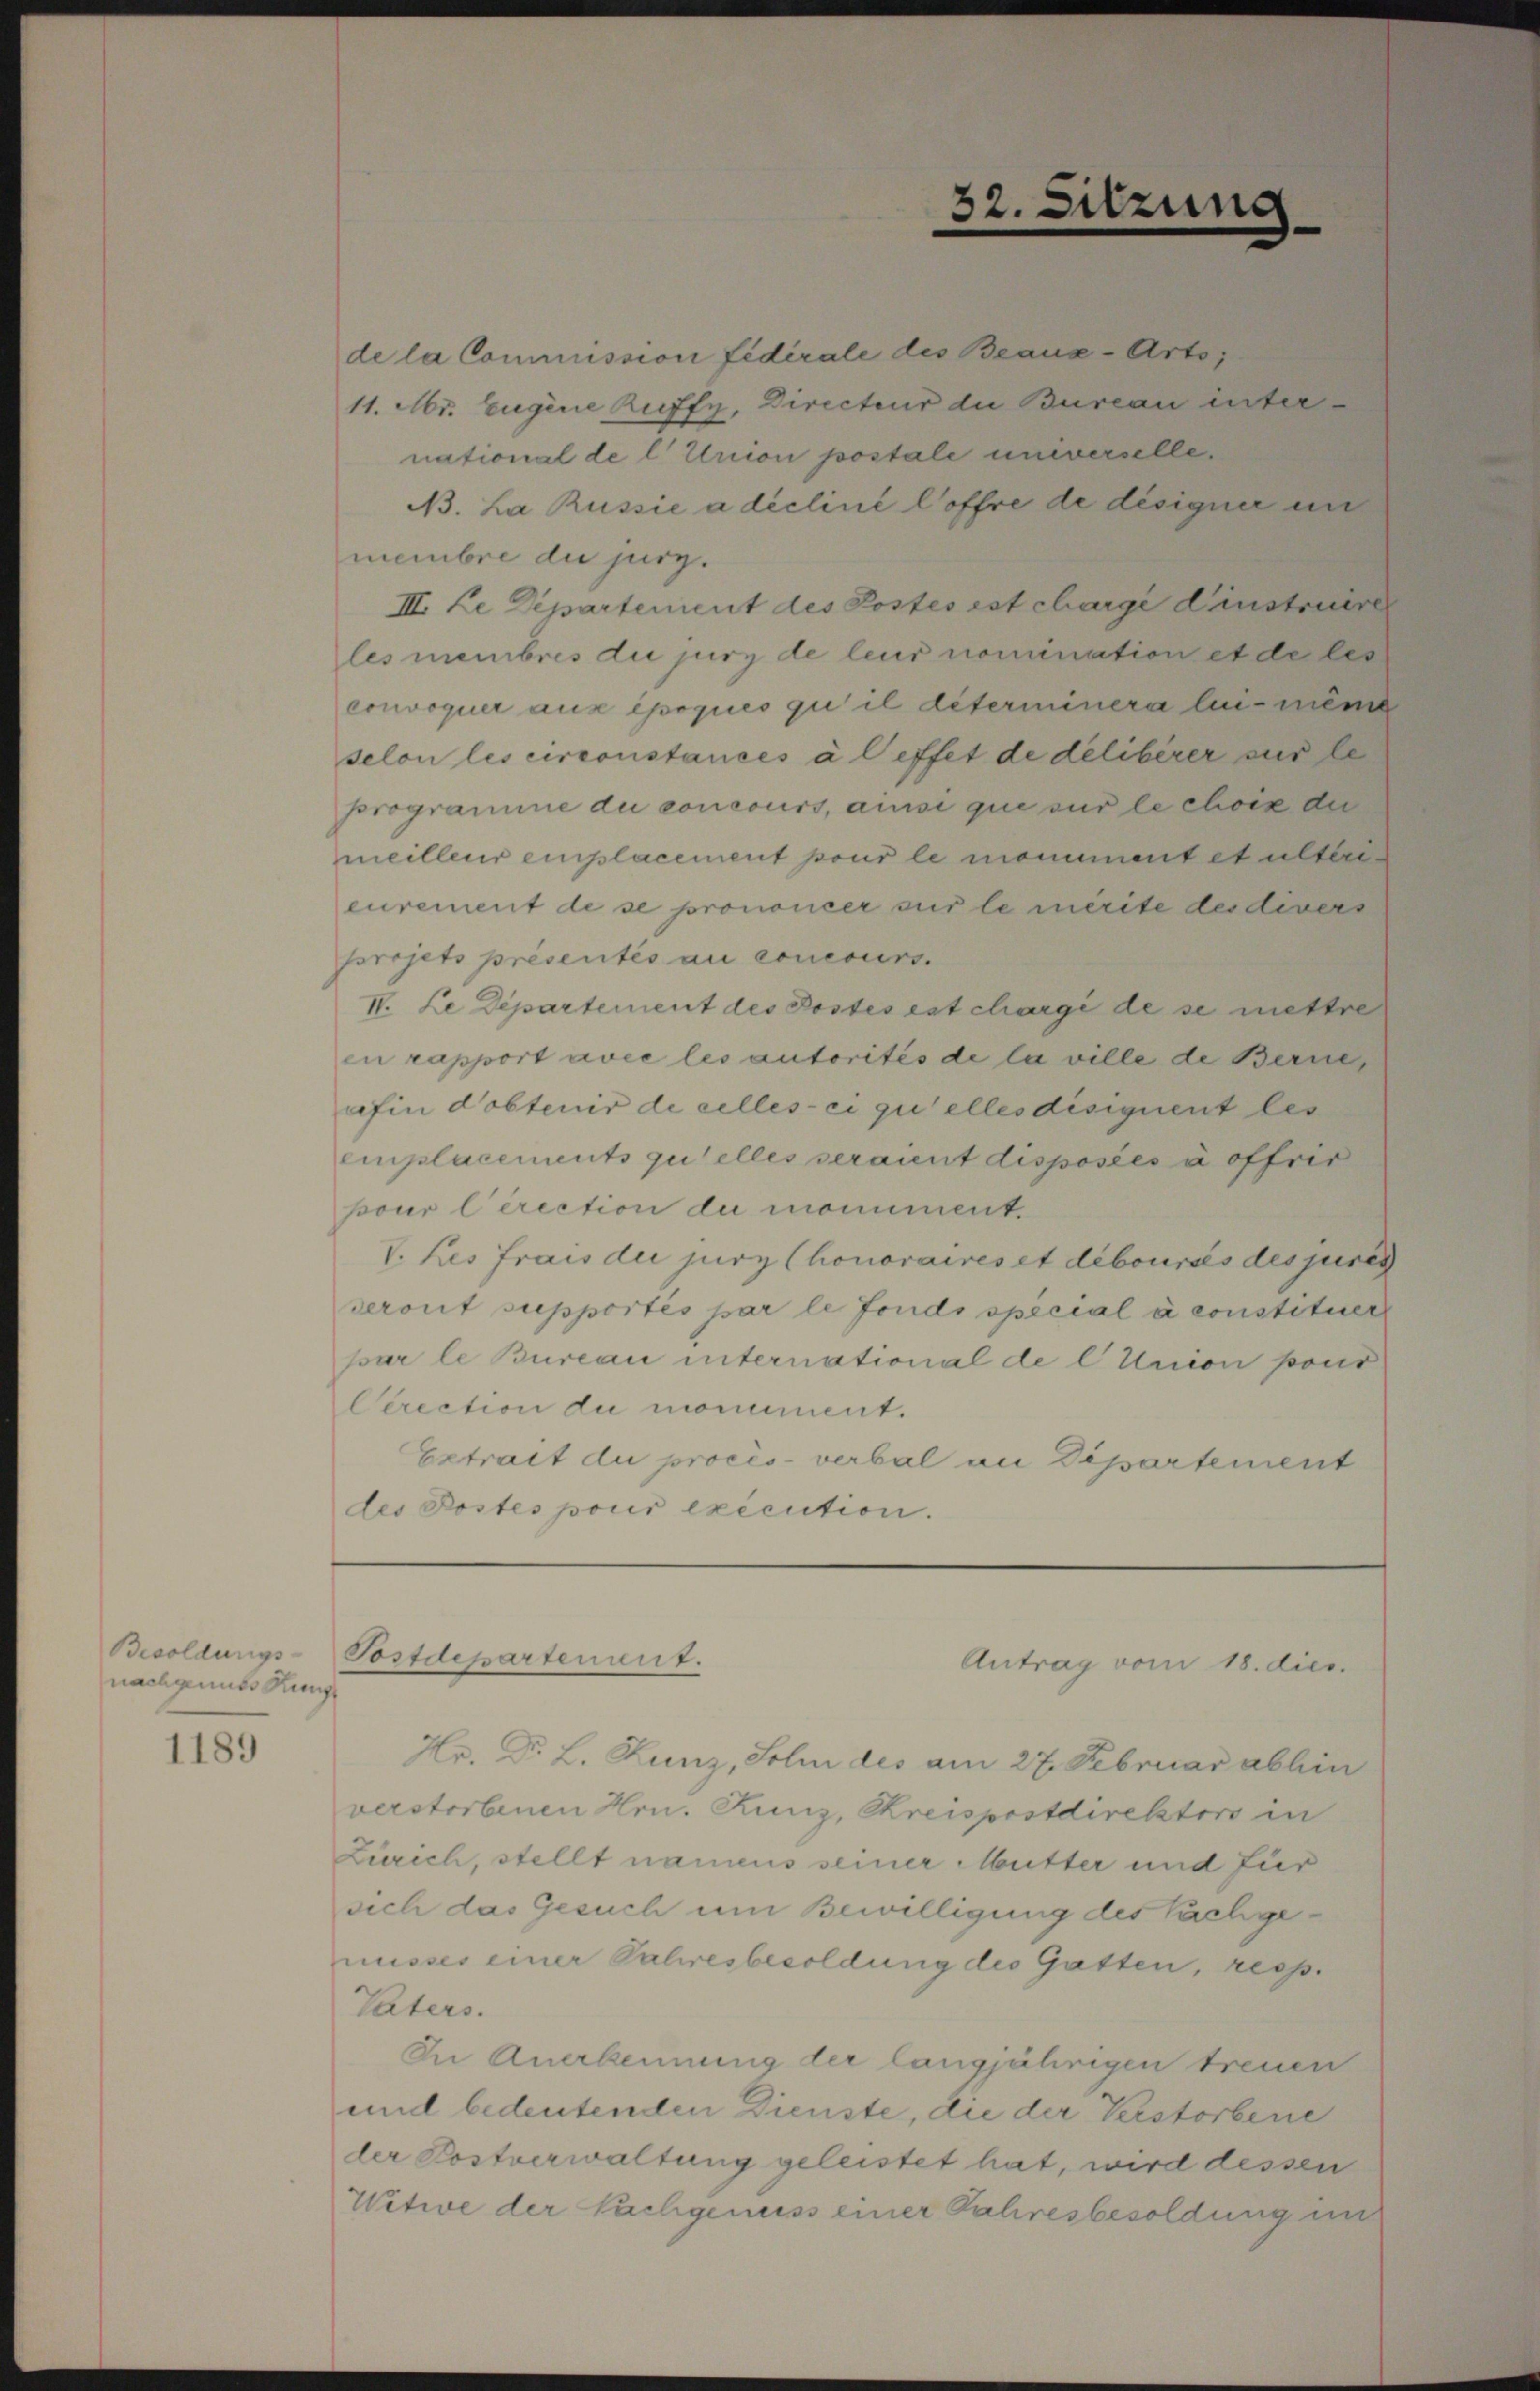
Besoldungs-
nachgemüts Kung

1189

de la Commission fidérale des Beaus-Arts;
11. Mr. Eugene Ruffy, Directeur die Bureau international de l Union postale universelle.
A3. La Russie a déclini Coffre de désigner un
membre die jur.
III. Le Departement des Postes est chargé d’instruire
les membres die jery de leur nomination et de les
convoquer aux époques qui il déterminera lui-mêm
selon les circonstances à l’effet de délibérer sur le
programme du concours, ainsi que sur le choix die
meilleur emplacement pour le monument et ulteri
eurement de se prononcer sur le mérite der divers
projets présentés au concours.
IV. Le Departement des Postes est charge de se mettre
en rapport avec les autorités de la ville de Berne
afin dobtenir de celles ei zu alles disiquent les
Emplacements qu’elles seraient disposées à offrir
pour Cerection der monument.
V. des frais die jury (honoraires et debourses des juris
seront supportés par le fonds special à constituer
par le Bureau international de l Union pour
Cerection de monument.
Extrait du procès-verbal an Dipartement
des Postes pour exécution.

Tostdepartement.

32.

Sitzung

Antrag vom 18. dies

Hr. Dr. L. Kunz, Sohn des am 27. Februar abhin
verstorbenen Hrn. Kunz, Kreispostdirektors in
Zürich, stellt namens seiner Mutter und für
sich das Gesuch um Bewilligung des Nachgenusses einer Jahresbesoldung des Gatten, resp.
Vaters.
In Anerkennung der langjährigen treuen
und bedeutenden Dienste, die der Verstorbene
der Postverwaltung geleistet hat, wird dessen
Witwe der Pachgenuss einer Jahresbesoldung in